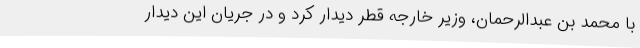
با محمد بن عبدالرحمان، وزیر خارجه قطر دیدار کرد و در جریان این دیدار